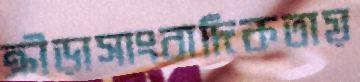
ক্রীড়াসাংবাদিকতায়